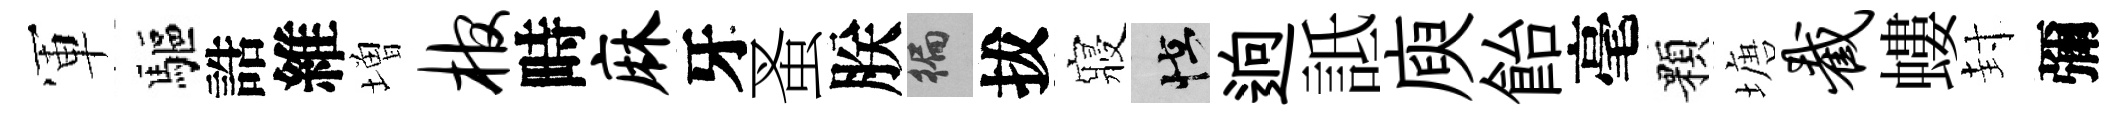
軍驅誥維増棺畤麻牙蚤朕徧拔寢怪逈詆庾飴毫顆塘截螻封彌